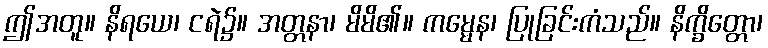
ဤအတူ။ နိရယေ၊ ငရဲ၌။ အတ္တနာ၊ မိမိ၏။ ကမ္မေန၊ ပြုခြင်းကံသည်။ နိက္ခိတ္တော၊